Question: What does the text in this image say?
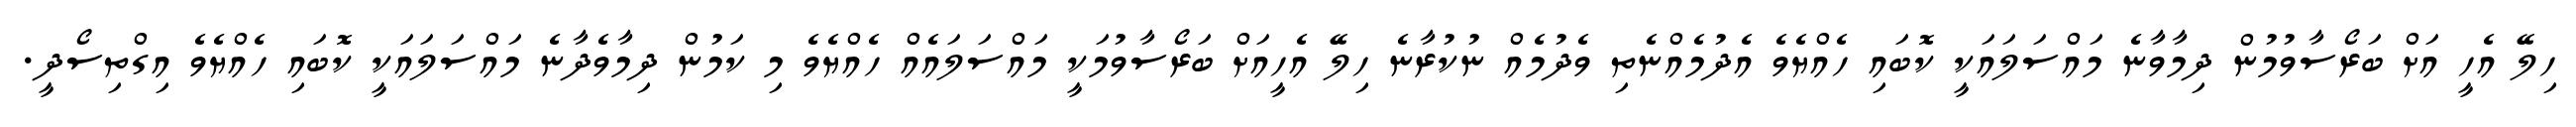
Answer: ހިލޭ އެހީ އަށް ބަރޯސާވުމުން ދިމާވާނެ މައްސަލައަކީ ކޮބައި ހެއްޔެވެ އެދުމެއްނެތި ވެދުމެއް ނުކުރާނެ ހިލޭ އެހީއަށް ބަރޯސާވުމަކީ މައްސަލައެއް ހެއްޔެވެ މި ކަމުން ދިމާވެދާނެ މައްސަލައަކީ ކޮބައި ހެއްޔެވެ އިގްތިސޯދީ.